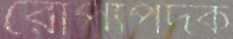
রোপ্যপদক